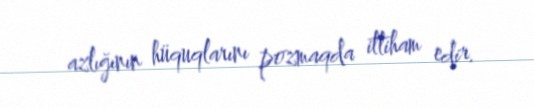
azlığının hüquqlarını pozmaqda ittiham edir.